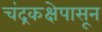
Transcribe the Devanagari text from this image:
चंद्रकक्षेपासून